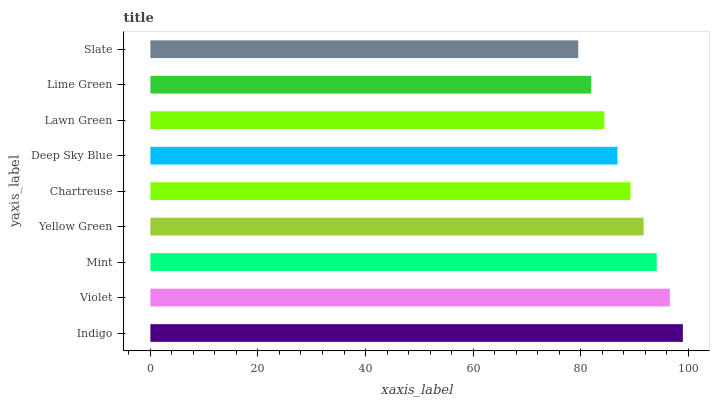
| yaxis_label | bars |
 | --- | --- |
 | Indigo | 99 |
 | Violet | 96.6 |
 | Mint | 94.1 |
 | Yellow Green | 91.7 |
 | Chartreuse | 89.3 |
 | Deep Sky Blue | 86.8 |
 | Lawn Green | 84.4 |
 | Lime Green | 82 |
 | Slate | 79.5 |